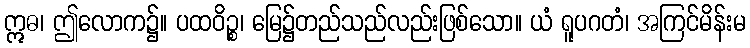
ဣဓ၊ ဤလောက၌။ ပထဝိဉ္စ၊ မြေ၌တည်သည်လည်းဖြစ်သော။ ယံ ရူပဂတံ၊ အကြင်မိန်းမ